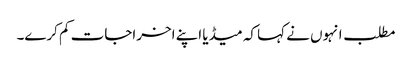
مطلب انہوں نے کہا کہ میڈیا اپنے اخراجات کم کرے۔